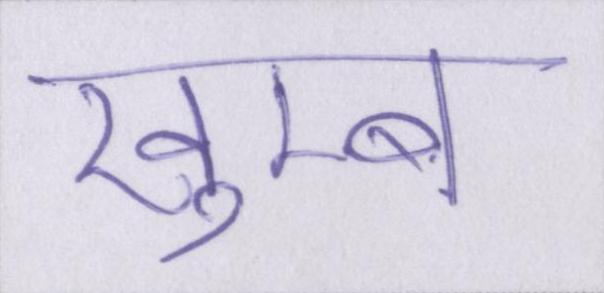
खुम्ब